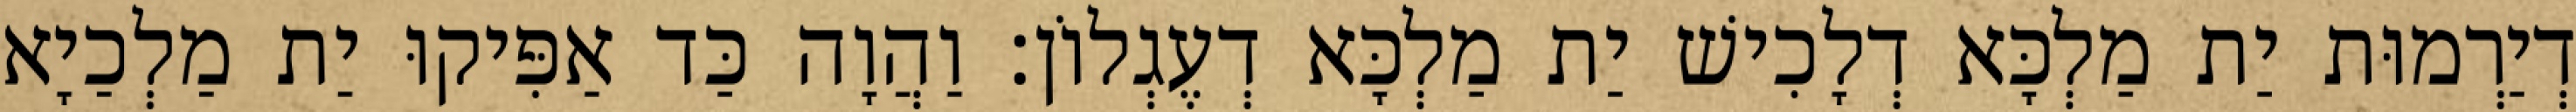
דְיַרְמוּת יַת מַלְכָּא דְלָכִישׁ יַת מַלְכָּא דְעֶגְלוֹן׃ וַהֲוָה כַּד אַפִּיקוּ יַת מַלְכַיָא